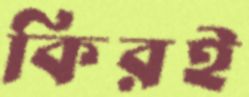
কিরই